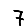
Digit: 7